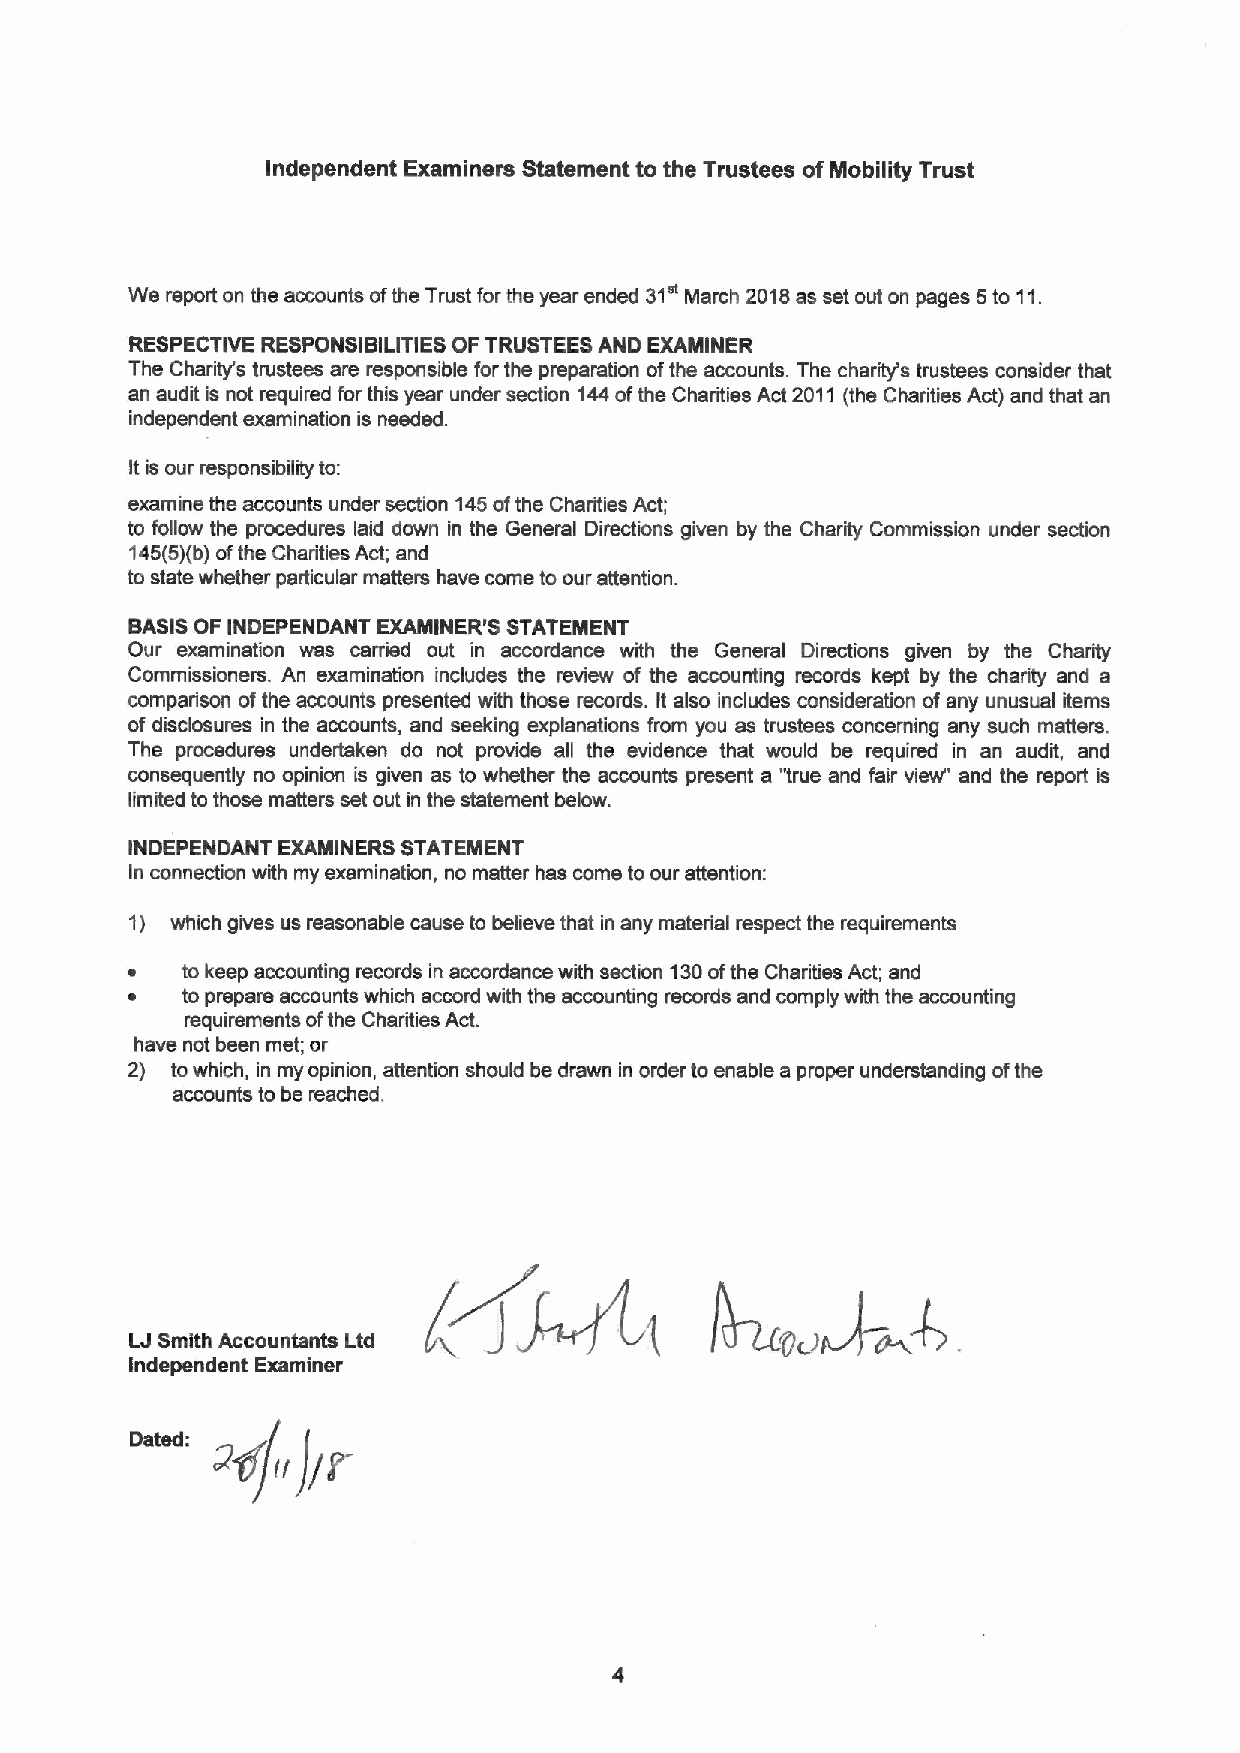
Independent Examiners Statement to the Trustees ofMobility Trust
 31"
 We report on the accounts ofthe Trust for the year ended March 2018as set out on pages 5to 11.
 RESPECTIVE RESPONSIBILITIES OFTRUSTEES AND EXAMINER
 The Charity's trustees are responsible for the preparation ofthe accounts. The charity's trustees consider that
 an audit is not required for this year under section 144ofthe Charities Act 2011 (the Charities Act) and that an
 independent examination is needed.
 Itis our responsibility to:
 examine the accounts under section 145ofthe Charities Act;
 to follow the procedures laid down in the General Directions given by the Charily Commission under section
 145(5)(b)ofthe Charities Act; and
 to state whether particular matters have come to our attention.
 BASISOF INDEPENDANT EXAMINER'S STATEMENT
 Our examination was cerned out in accordance with the General Directions given by the Charity
 Commissioners. An examination includes the review of the accounting records kept by the charity and a
 comparison ofthe accounts presented with those records. It also includes consideration ofany unusual items
 of disclosures in the accounts, and seeking explanations from you as trustees concerning any such matters.
 The procedures undertaken do not provide all the evidence that would be required in an audit, and
 consequently no opinion is given as to whether the accounts present a "true and fair vicar' and the report is
 limited to those matters set out in the statement below.
 INDEPENDANT EXAMINERS STATEMENT
 In connection with my examination, no matter has come to our attention:
 1) which gives us reasonable cause to believe that in any material respect the requirements
 ~   to keep accounting records in accordance with section 130ofthe Charities Act; and
 ~   to prepare accounts which accord with the accounting records and comply with the accounting
 requirements ofthe Charities Act.
 have not been met; or
 2) towhich, in my opinion, attention should be drawn in order to enable a proper undemtanding ofthe
 accounts to be reached.
 J
 j              4'8
 ~'4.
 LJSmith Accountants Ltd
 Independent Examiner